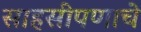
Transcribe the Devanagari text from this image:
साहसीपणाचे